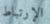
الإرتباط